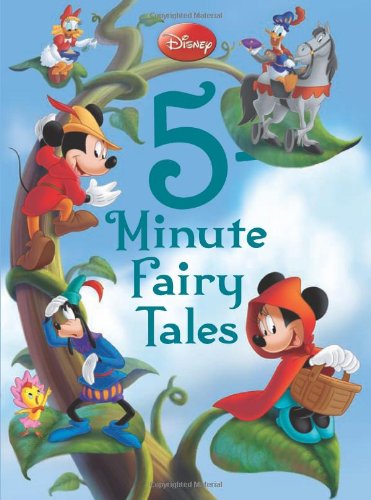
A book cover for Disney 5-Minute Fairy Tales (5-Minute Stories); Disney Book Group; Children's Books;